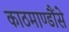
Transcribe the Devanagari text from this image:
काठमाण्डौंसे